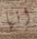
إنها